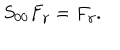
LaTeX: S _ { 0 0 } F _ { \gamma } = F _ { \gamma } .